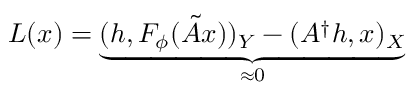
L ( x ) = \underbrace { ( h , F _ { \phi } ( \tilde { A } x ) ) _ { Y } - ( A ^ { \dagger } h , x ) _ { X } } _ { \approx 0 }